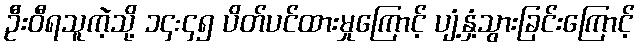
ဦးဝီရသူကဲ့သို့ ၁၄:၄၅ ပိတ်ပင်ထားမှုကြောင့် ပျံ့နှံ့သွားခြင်းကြောင့်